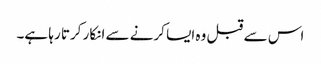
اس سے قبل وہ ایسا کرنے سے انکار کرتا رہا ہے۔